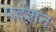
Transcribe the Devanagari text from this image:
पर्दशन